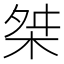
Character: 桀